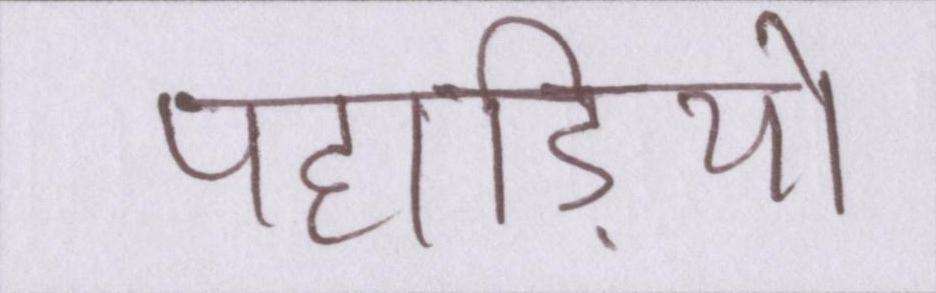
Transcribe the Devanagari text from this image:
पहाड़ियो